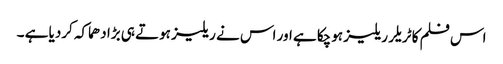
اس فلم کا ٹریلر ریلیز ہوچکا ہے اور اس نے ریلیز ہوتے ہی بڑا دھماکہ کردیا ہے ۔